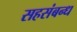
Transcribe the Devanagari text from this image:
सहसंबन्ध